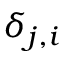
\delta _ { j , i }